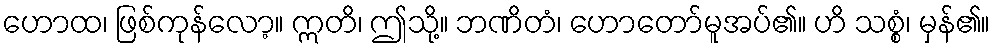
ဟောထ၊ ဖြစ်ကုန်လော့။ ဣတိ၊ ဤသို့။ ဘဏိတံ၊ ဟောတော်မူအပ်၏။ ဟိ သစ္စံ၊ မှန်၏။